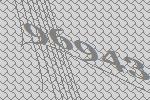
96943